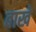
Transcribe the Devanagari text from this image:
बाखे